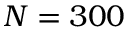
N = 3 0 0